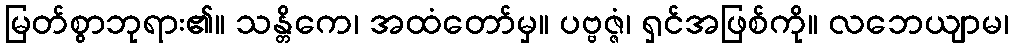
မြတ်စွာဘုရား၏။ သန္တိကေ၊ အထံတော်မှ။ ပဗ္ဗဇ္ဇံ၊ ရှင်အဖြစ်ကို။ လဘေယျာမ၊